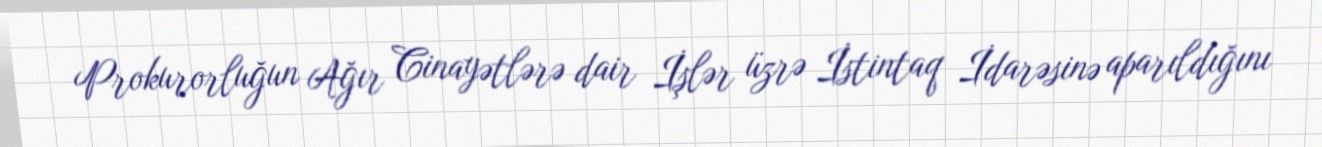
Prokurorluğun Ağır Cinayətlərə dair İşlər üzrə İstintaq İdarəsinə aparıldığını